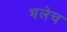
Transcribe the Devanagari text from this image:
भलेच